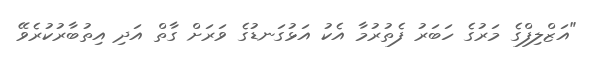
"އަޒްލިފްގެ މަރުގެ ހަބަރު ފެތުރުމާ އެކު އަޅުގަނޑުގެ ވަރަށް ގާތް އަދި އިތުބާރުކުރެވޭ